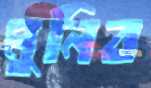
মুনিব